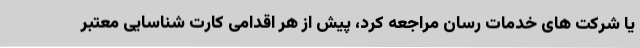
یا شرکت های خدمات رسان مراجعه کرد، پیش از هر اقدامی کارت شناسایی معتبر